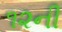
૧૨ની